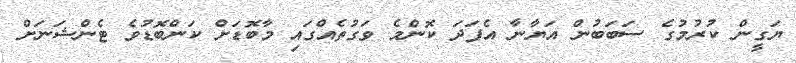
ޔަގީން ކުރުމުގެ ސަބަބުން އަޔާނާ އެފަދަ ކޮންމެ ވަގުތެއްގައި މާބޮޑަށް ކަންބޮޑުވެ ޓެންޝަނަށް